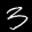
Label: 3